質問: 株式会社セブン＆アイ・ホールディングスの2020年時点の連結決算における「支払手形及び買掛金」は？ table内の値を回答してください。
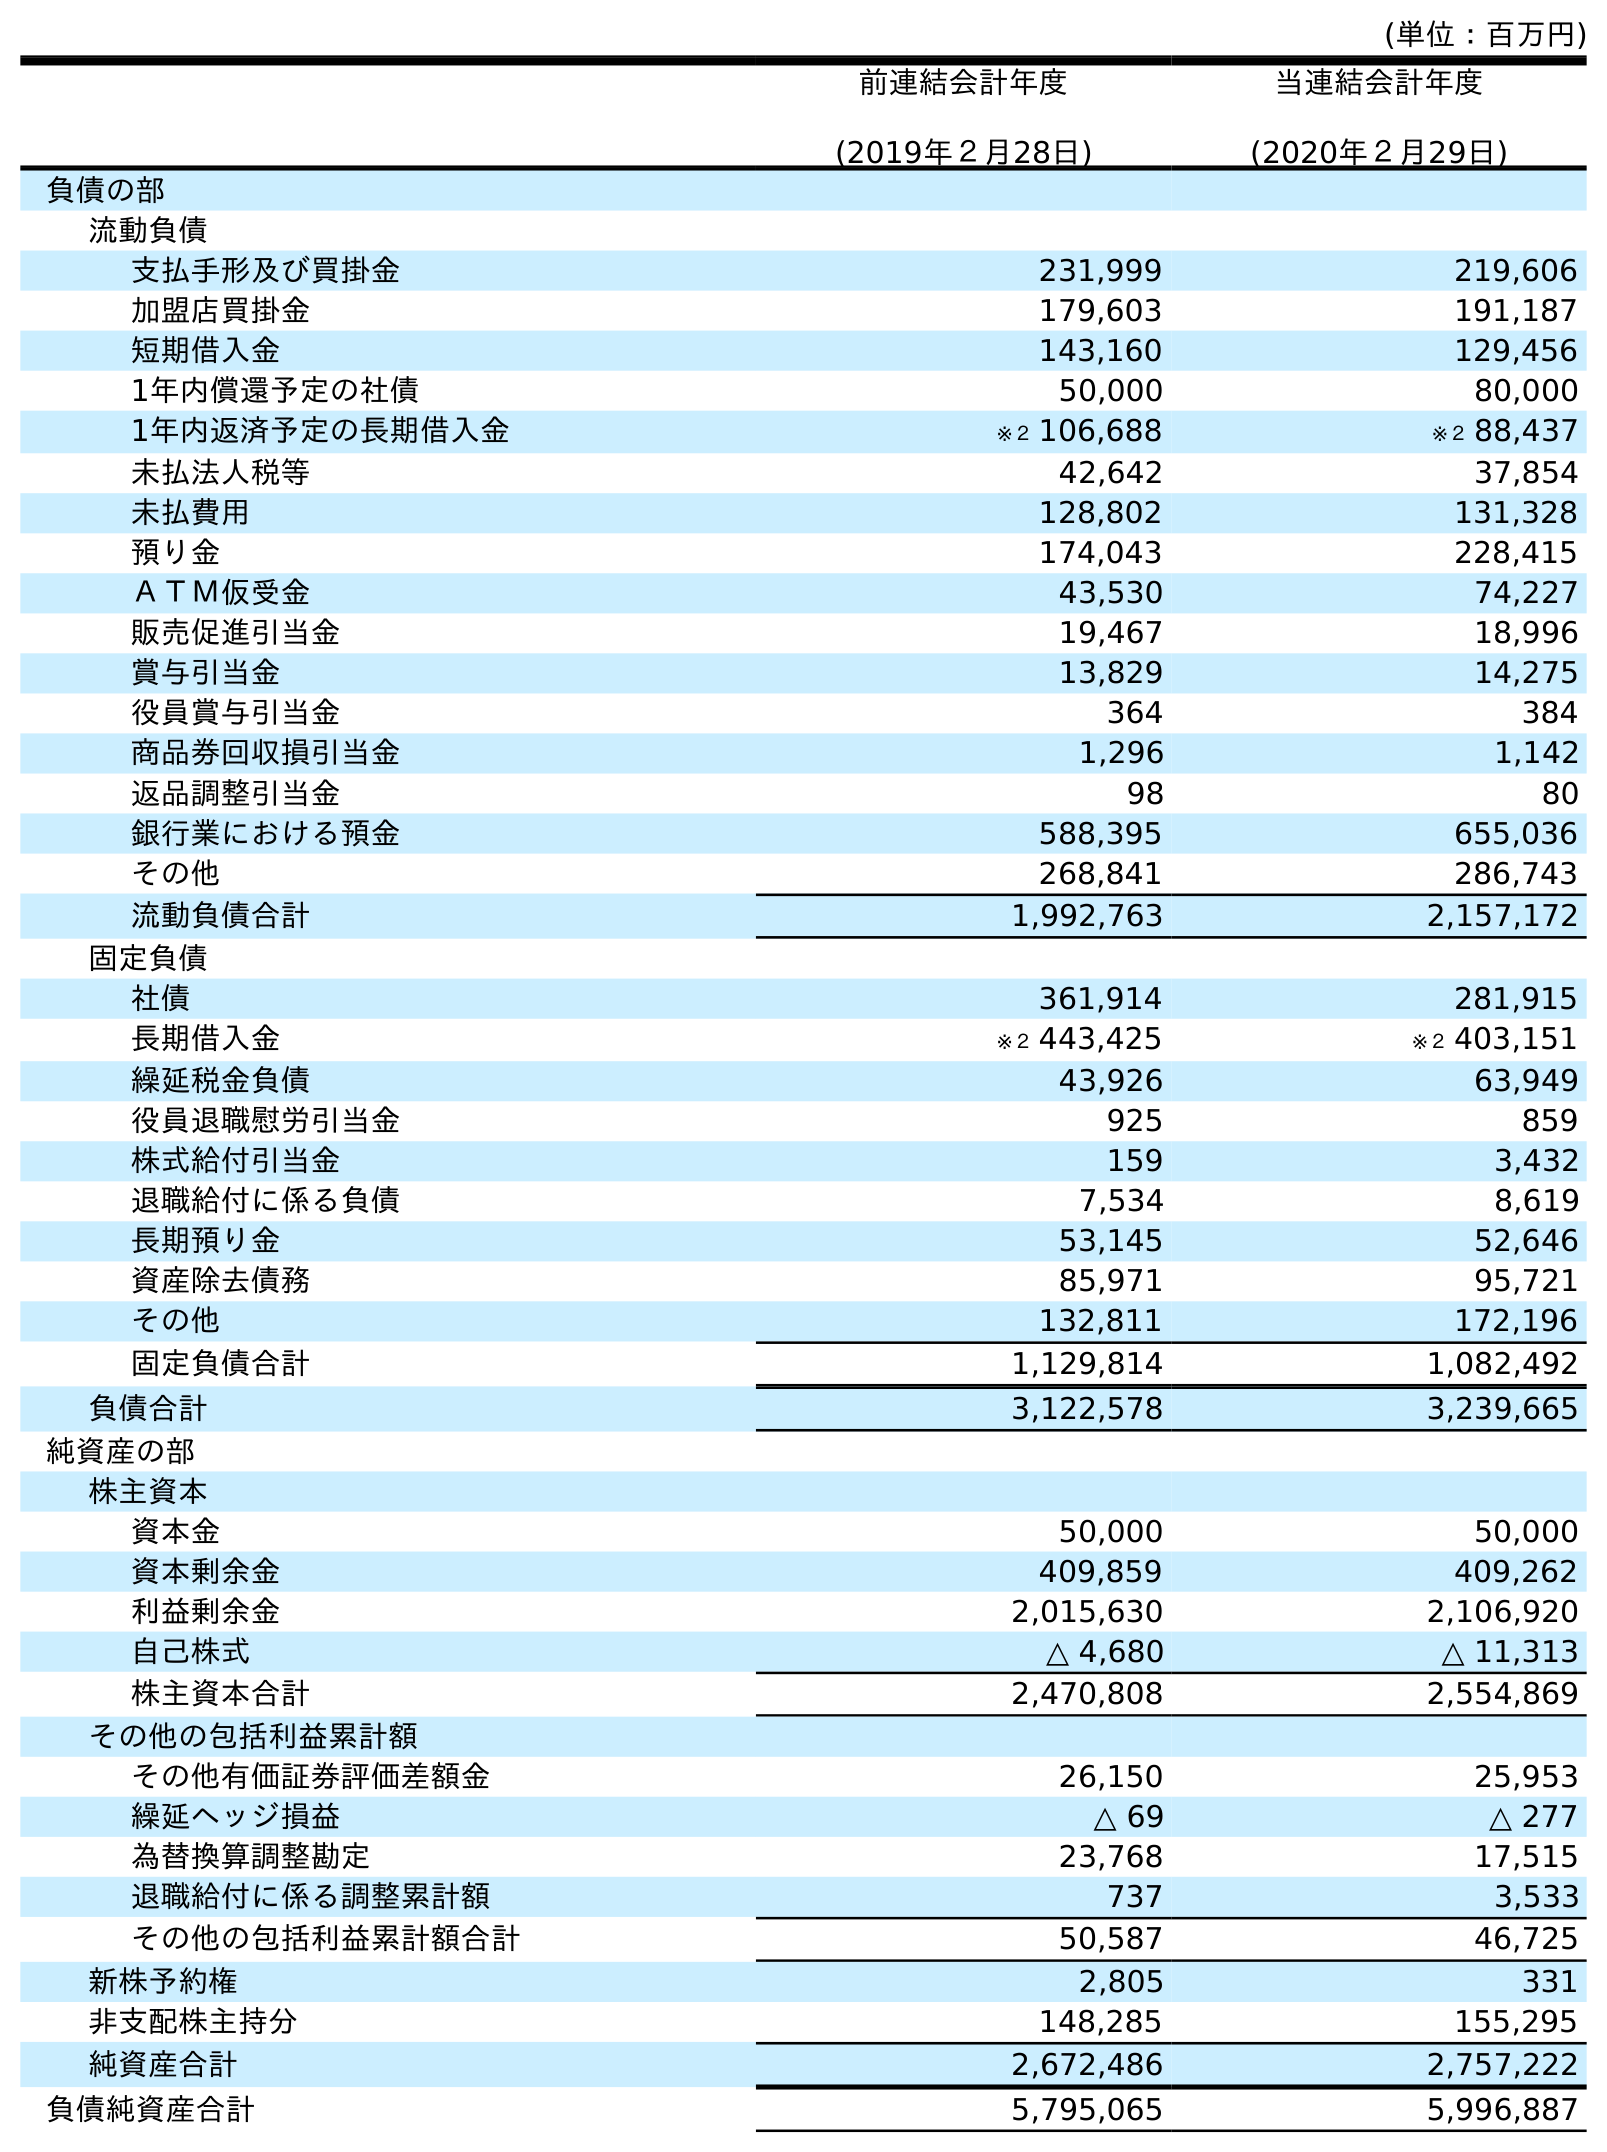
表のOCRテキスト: (単位：百万円) 前連結会計年度 (2019年２月28日) 当連結会計年度 (2020年２月29日) 負債の部 流動負債 支払手形及び買掛金 231,999 219,606 加盟店買掛金 179,603 191,187 短期借入金 143,160 129,456 1年内償還予定の社債 50,000 80,000 1年内返済予定の長期借入金 ※２ 106,688 ※２ 88,437 未払法人税等 42,642 37,854 未払費用 128,802 131,328 預り金 174,043 228,415 ＡＴＭ仮受金 43,530 74,227 販売促進引当金 19,467 18,996 賞与引当金 13,829 14,275 役員賞与引当金 364 384 商品券回収損引当金 1,296 1,142 返品調整引当金 98 80 銀行業における預金 588,395 655,036 その他 268,841 286,743 流動負債合計 1,992,763 2,157,172 固定負債 社債 361,914 281,915 長期借入金 ※２ 443,425 ※２ 403,151 繰延税金負債 43,926 63,949 役員退職慰労引当金 925 859 株式給付引当金 159 3,432 退職給付に係る負債 7,534 8,619 長期預り金 53,145 52,646 資産除去債務 85,971 95,721 その他 132,811 172,196 固定負債合計 1,129,814 1,082,492 負債合計 3,122,578 3,239,665 純資産の部 株主資本 資本金 50,000 50,000 資本剰余金 409,859 409,262 利益剰余金 2,015,630 2,106,920 自己株式 △ 4,680 △ 11,313 株主資本合計 2,470,808 2,554,869 その他の包括利益累計額 その他有価証券評価差額金 26,150 25,953 繰延ヘッジ損益 △ 69 △ 277 為替換算調整勘定 23,768 17,515 退職給付に係る調整累計額 737 3,533 その他の包括利益累計額合計 50,587 46,725 新株予約権 2,805 331 非支配株主持分 148,285 155,295 純資産合計 2,672,486 2,757,222 負債純資産合計 5,795,065 5,996,887
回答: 219,606